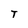
Character: T